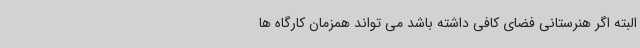
البته اگر هنرستانی فضای کافی داشته باشد می تواند همزمان کارگاه ها